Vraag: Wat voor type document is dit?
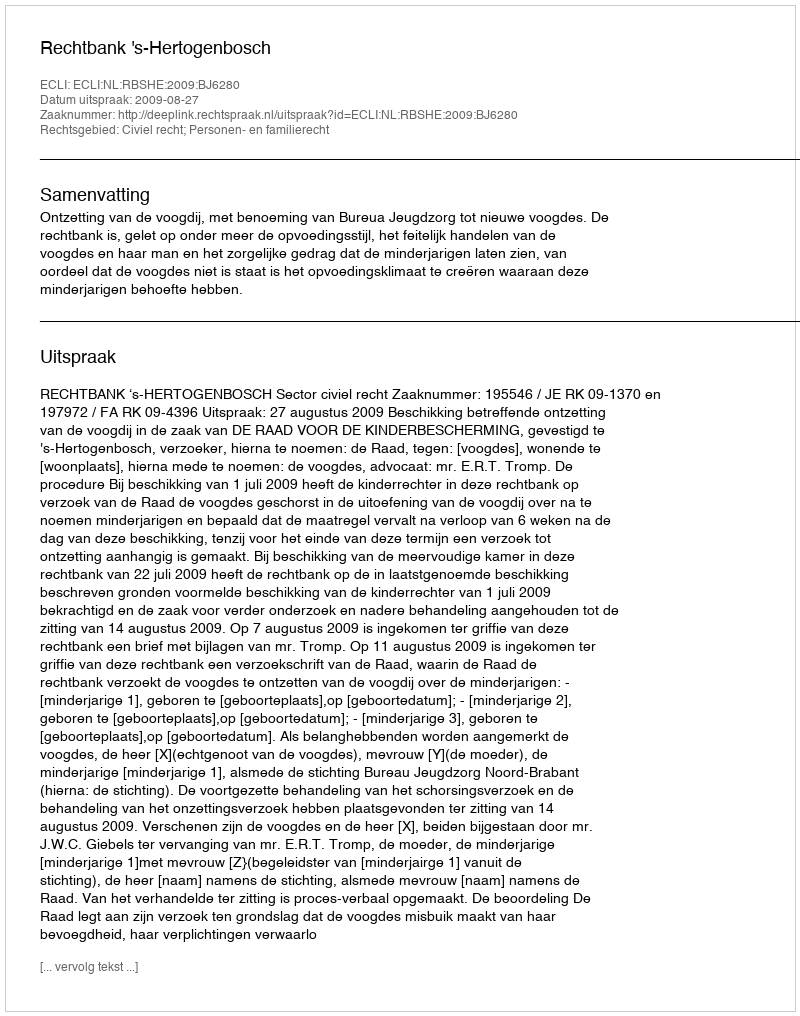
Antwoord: Uitspraak